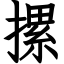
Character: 摞